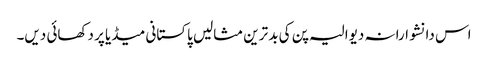
اس دانشوارانہ دیوالیہ پن کی بد ترین مثالیں پاکستانی میڈیا پر دکھائی دیں۔